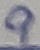
Text: 9